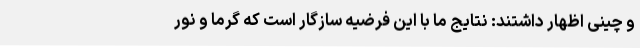
و چینی اظهار داشتند: نتایج ما با این فرضیه سازگار است که گرما و نور